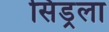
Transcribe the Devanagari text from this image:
सिंड्रला